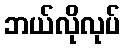
ဘယ်လိုလုပ်